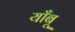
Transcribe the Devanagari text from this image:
याँबू